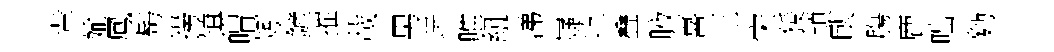
軰媮鳳髩撈镇喟矧鏟摧載男玩唯紐涕嶷屹叠腋喜王宋猨頴臥膓鹿咄麪